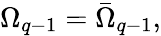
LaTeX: \Omega_{q-1}=\bar{\Omega}_{q-1},